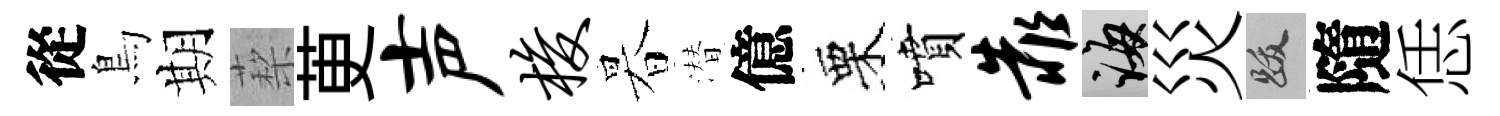
從鳥期蔾茰声梭暮潜億栗噴靠誨災跋隨恁